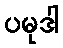
ပမုဒါ